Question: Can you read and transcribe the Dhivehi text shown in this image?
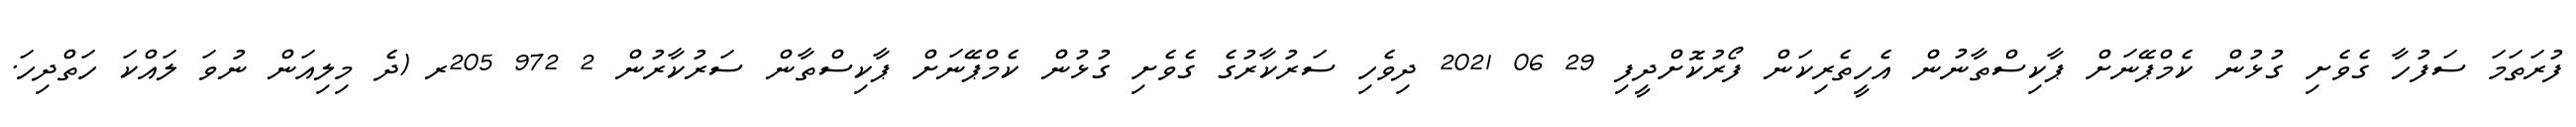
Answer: ފުރަތަމަ ސަފުހާ ގެވެށި ގުޅުން ކެމްޕޭނަށް ޕާކިސްތާނުން އެހީތެރިކަން ފޯރުކޮށްދީފި 29 06 2021 ދިވެހި ސަރުކާރުގެ ގެވެށި ގުޅުން ކެމްޕޭނަށް ޕާކިސްތާން ސަރުކާރުން 2 972 205ރ (ދެ މިލިއަން ނުވަ ލައްކަ ހަތްދިހަ.